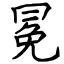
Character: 冕